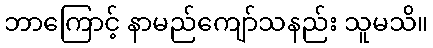
ဘာကြောင့် နာမည်ကျော်သနည်း သူမသိ။